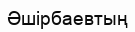
Әшірбаевтың